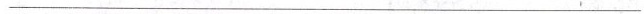
___